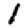
Digit: 1